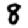
Digit: 8